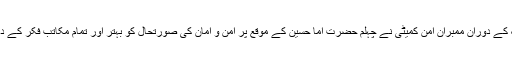
جو کہ اہلیان مصطفی آباد کی مثبت سوچ کی علامت ہے میٹنگ کے دوران ممبران امن کمیٹی نے چہلم حضرت اما حسین کے موقع پر امن و امان کی صورتحال کو بہتر اور تمام مکاتب فکر کے درمیان مثالی پیارمحبت کو برقرار رکھنے کی یقین دہانی کرائی۔